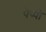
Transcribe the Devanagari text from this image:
पेप्पी